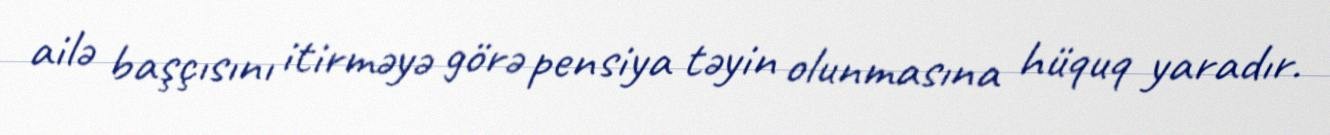
ailə başçısını itirməyə görə pensiya təyin olunmasına hüquq yaradır.